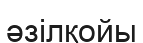
әзілқойы